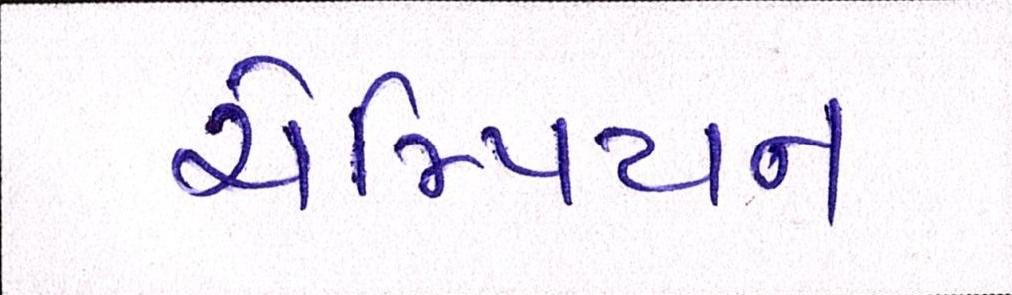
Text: ચેમ્પિયન